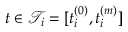
t \in \mathcal { T } _ { i } = [ t _ { i } ^ { ( 0 ) } , t _ { i } ^ { ( m ) } ]